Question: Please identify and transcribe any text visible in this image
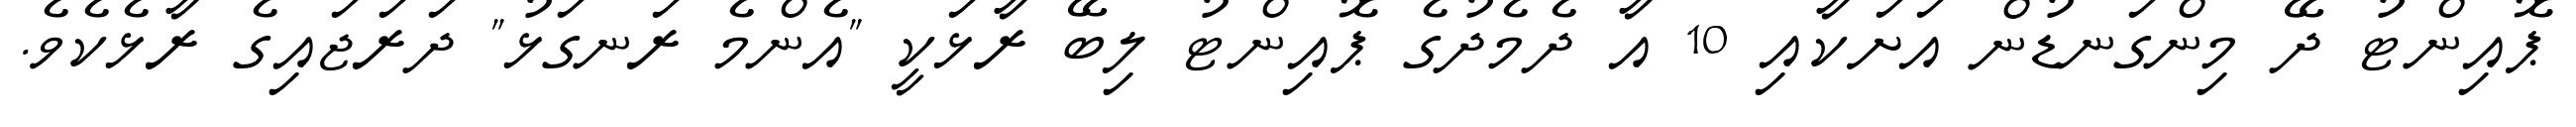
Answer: ޕޮއިންޓު ދޭ މިންގަނޑުން އަށަކާއި 10 އާ ދެމެދުގެ ޕޮއިންޓު ލިބޭ ރާޅަކީ "އެންމެ ރަނގަޅު" ދަރަޖައިގެ ރާޅެކެވެ.